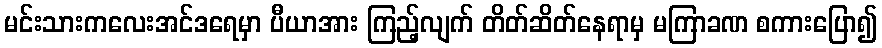
မင်းသားကလေးအင်ဒရေမှာ ပီယာအား ကြည့်လျက် တိတ်ဆိတ်နေရာမှ မကြာခဏ စကားပြော၍